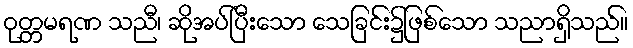
ဝုတ္တမရဏ သညီ၊ ဆိုအပ်ပြီးသော သေခြင်း၌ဖြစ်သော သညာရှိသည်။